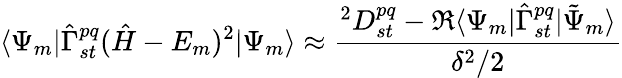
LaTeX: \langle\Psi_{m}|{\hat{\Gamma}}_{st}^{pq}({\hat{H}}-E_{m})^{2}|\Psi_{m}\rangle\approx\frac{{}^{2}D_{st}^{pq}-\Re\langle\Psi_{m}|{\hat{\Gamma}}_{st}^{pq}|\tilde{\Psi}_{m}\rangle}{\delta^{2}/2}